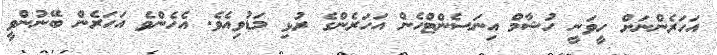
އަހަރެންނަށް ހީވަނީ ހުޝާމް އިނަސެންޓްހެން އަހަރެންގެ ރުޅި މަޑުވިއެވެ. އެހެންވެ އަހަރެން ބޭނުންވީ